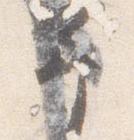
予